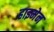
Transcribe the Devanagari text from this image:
हाइमेन